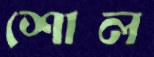
শোল